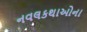
નવલકથાઓના